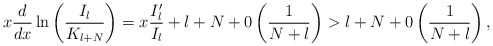
\begin{align*}x \displaystyle\frac{d}{dx} \ln \left( \displaystyle\frac{I_l}{K_{l +N}} \right) = x \displaystyle\frac{I'_l}{I_l} + l + N + 0 \left(\displaystyle\frac{1}{N + l} \right) > l + N + 0 \left(\displaystyle\frac{1}{N + l} \right),\end{align*}